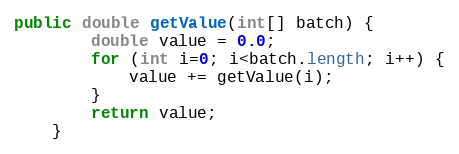
Language: Java
public double getValue(int[] batch) {
        double value = 0.0;
        for (int i=0; i<batch.length; i++) {
            value += getValue(i);
        }
        return value;
    }